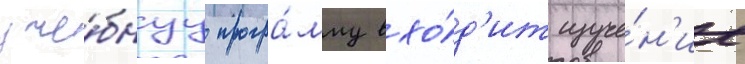
уче́бнуу програ́мму вхо́д'ит изуче́н'ие